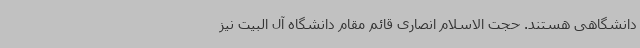
دانشگاهی هستند. حجت الاسلام انصاری قائم مقام دانشگاه آل البیت نیز